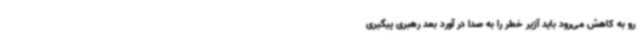
رو به کاهش می‌رود باید آژیر خطر را به صدا در آورد بعد رهبری پیگیری